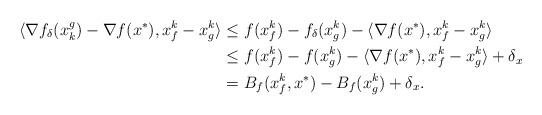
LaTeX: \begin{align*}\langle \nabla f_{\delta}(x^g_k) - \nabla f(x^*), x_f^k - x_g^k \rangle &\leq f(x_f^k) - f_{\delta}(x_g^k)-\langle \nabla f(x^*), x_f^k - x_g^k \rangle\\&\leq f(x_f^k) - f(x_g^k)-\langle \nabla f(x^*), x_f^k - x_g^k \rangle+\delta_x \\&= B_f(x_f^k,x^*)-B_f(x_g^k)+\delta_x.\end{align*}